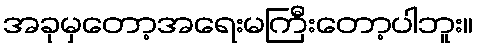
အခုမှတော့အရေးမကြီးတော့ပါဘူး။